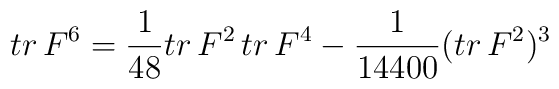
tr\,F^{6}=\frac{1}{48}tr\,F^{2}\,tr\,F^{4}-\frac{1}{14400}(tr\,F^{2})^{3}